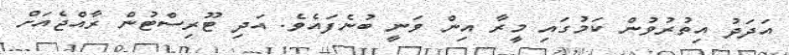
އަދަދު އިތުރުވުން ކަމުގައި މީރާ އިން ވަނީ ބުނެފައެވެ. އަދި ޓޫރިސްޓުން ރާއްޖެއަށް